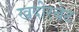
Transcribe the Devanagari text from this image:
खदीरबेट